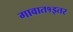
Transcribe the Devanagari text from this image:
गावात१इतर